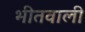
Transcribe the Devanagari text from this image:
भीतवाली